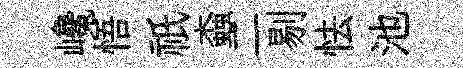
巉悟祇螙二剔怯池